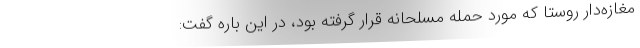
مغازه‌دار روستا که مورد حمله مسلحانه قرار گرفته بود، در این باره گفت: